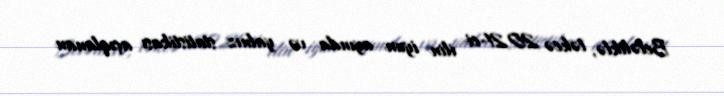
Beləliklə, təkcə 2021-ci ilin iyun ayında və yalnız statistikası açıqlanan